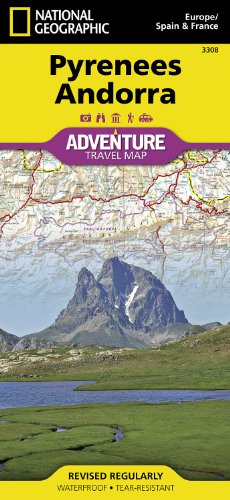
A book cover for Pyrenees and Andorra (National Geographic Adventure Map); National Geographic Maps - Adventure; Travel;